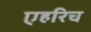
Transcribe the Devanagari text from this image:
एहरिच